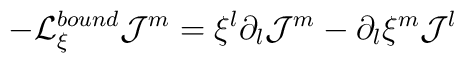
-{\cal L}^{bound} _{\xi}  {\cal J}^{m} = \xi^{l} \partial_{l}  {\cal J}^{m} -\partial_l  \xi^m  {\cal J}^{l}